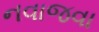
નવાજવા